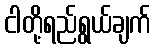
ငါတို့ရည်ရွယ်ချက်